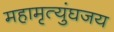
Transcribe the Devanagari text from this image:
महामृत्युंघजय